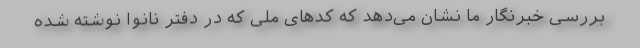
بررسی خبرنگار ما نشان می‌دهد که کدهای ملی که در دفتر نانوا نوشته شده